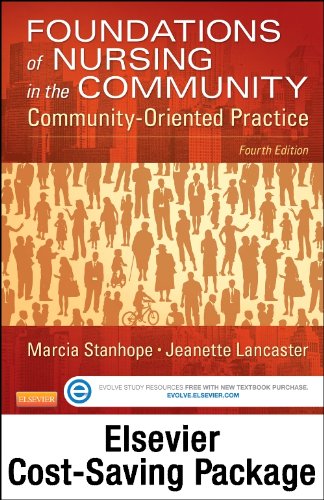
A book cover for Community/Public Health Nursing Online for Stanhope and Lancaster: Foundations of Nursing in the Community (Access Code, and Textbook Package), 4e; Marcia Stanhope RN  DSN  FAAN; Medical Books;